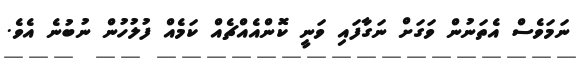
ނަމަވެސް އެތަނުން ވަގަށް ނަގާފައި ވަނީ ކޮންއެއްޗެއް ކަމެއް ފުލުހުން ނުބުނެ އެވެ.